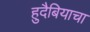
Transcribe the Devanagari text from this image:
हुदैबियाचा